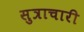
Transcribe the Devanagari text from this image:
सुत्राचारी